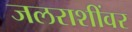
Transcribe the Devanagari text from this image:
जलराशींवर